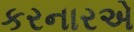
કરનારએ